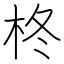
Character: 柊